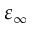
\varepsilon _ { \infty }